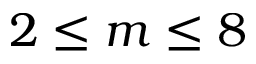
2 \le m \le 8